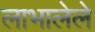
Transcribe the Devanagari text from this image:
लाभालेले